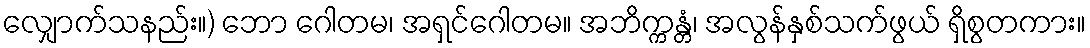
လျှောက်သနည်း။) ဘော ဂေါတမ၊ အရှင်ဂေါတမ။ အဘိက္ကန္တံ၊ အလွန်နှစ်သက်ဖွယ် ရှိစွတကား။